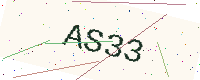
Text: AS33